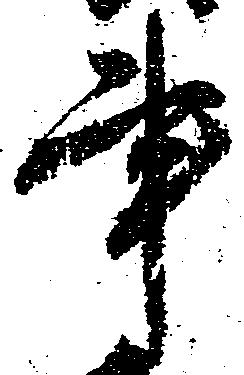
事